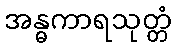
အန္ဓကာရသုတ္တံ